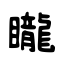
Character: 矓